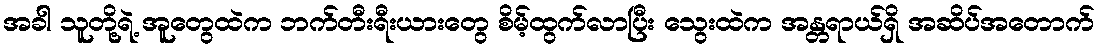
အခါ သူတို့ရဲ့ အူတွေထဲက ဘက်တီးရီးယားတွေ စိမ့်ထွက်လာပြီး သွေးထဲက အန္တရာယ်ရှိ အဆိပ်အတောက်